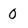
Character: 0